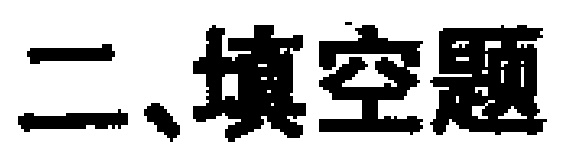
二、填空题